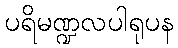
ပရိမဏ္ဍလပါရုပန